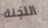
اللجنة